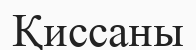
Қиссаны